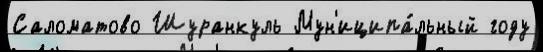
Саломатово Шуранкуль Мун'иципа́льный году